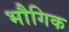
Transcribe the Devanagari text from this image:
भौगिक